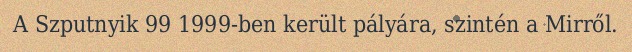
A Szputnyik 99 1999-ben került pályára, szintén a Mirről.